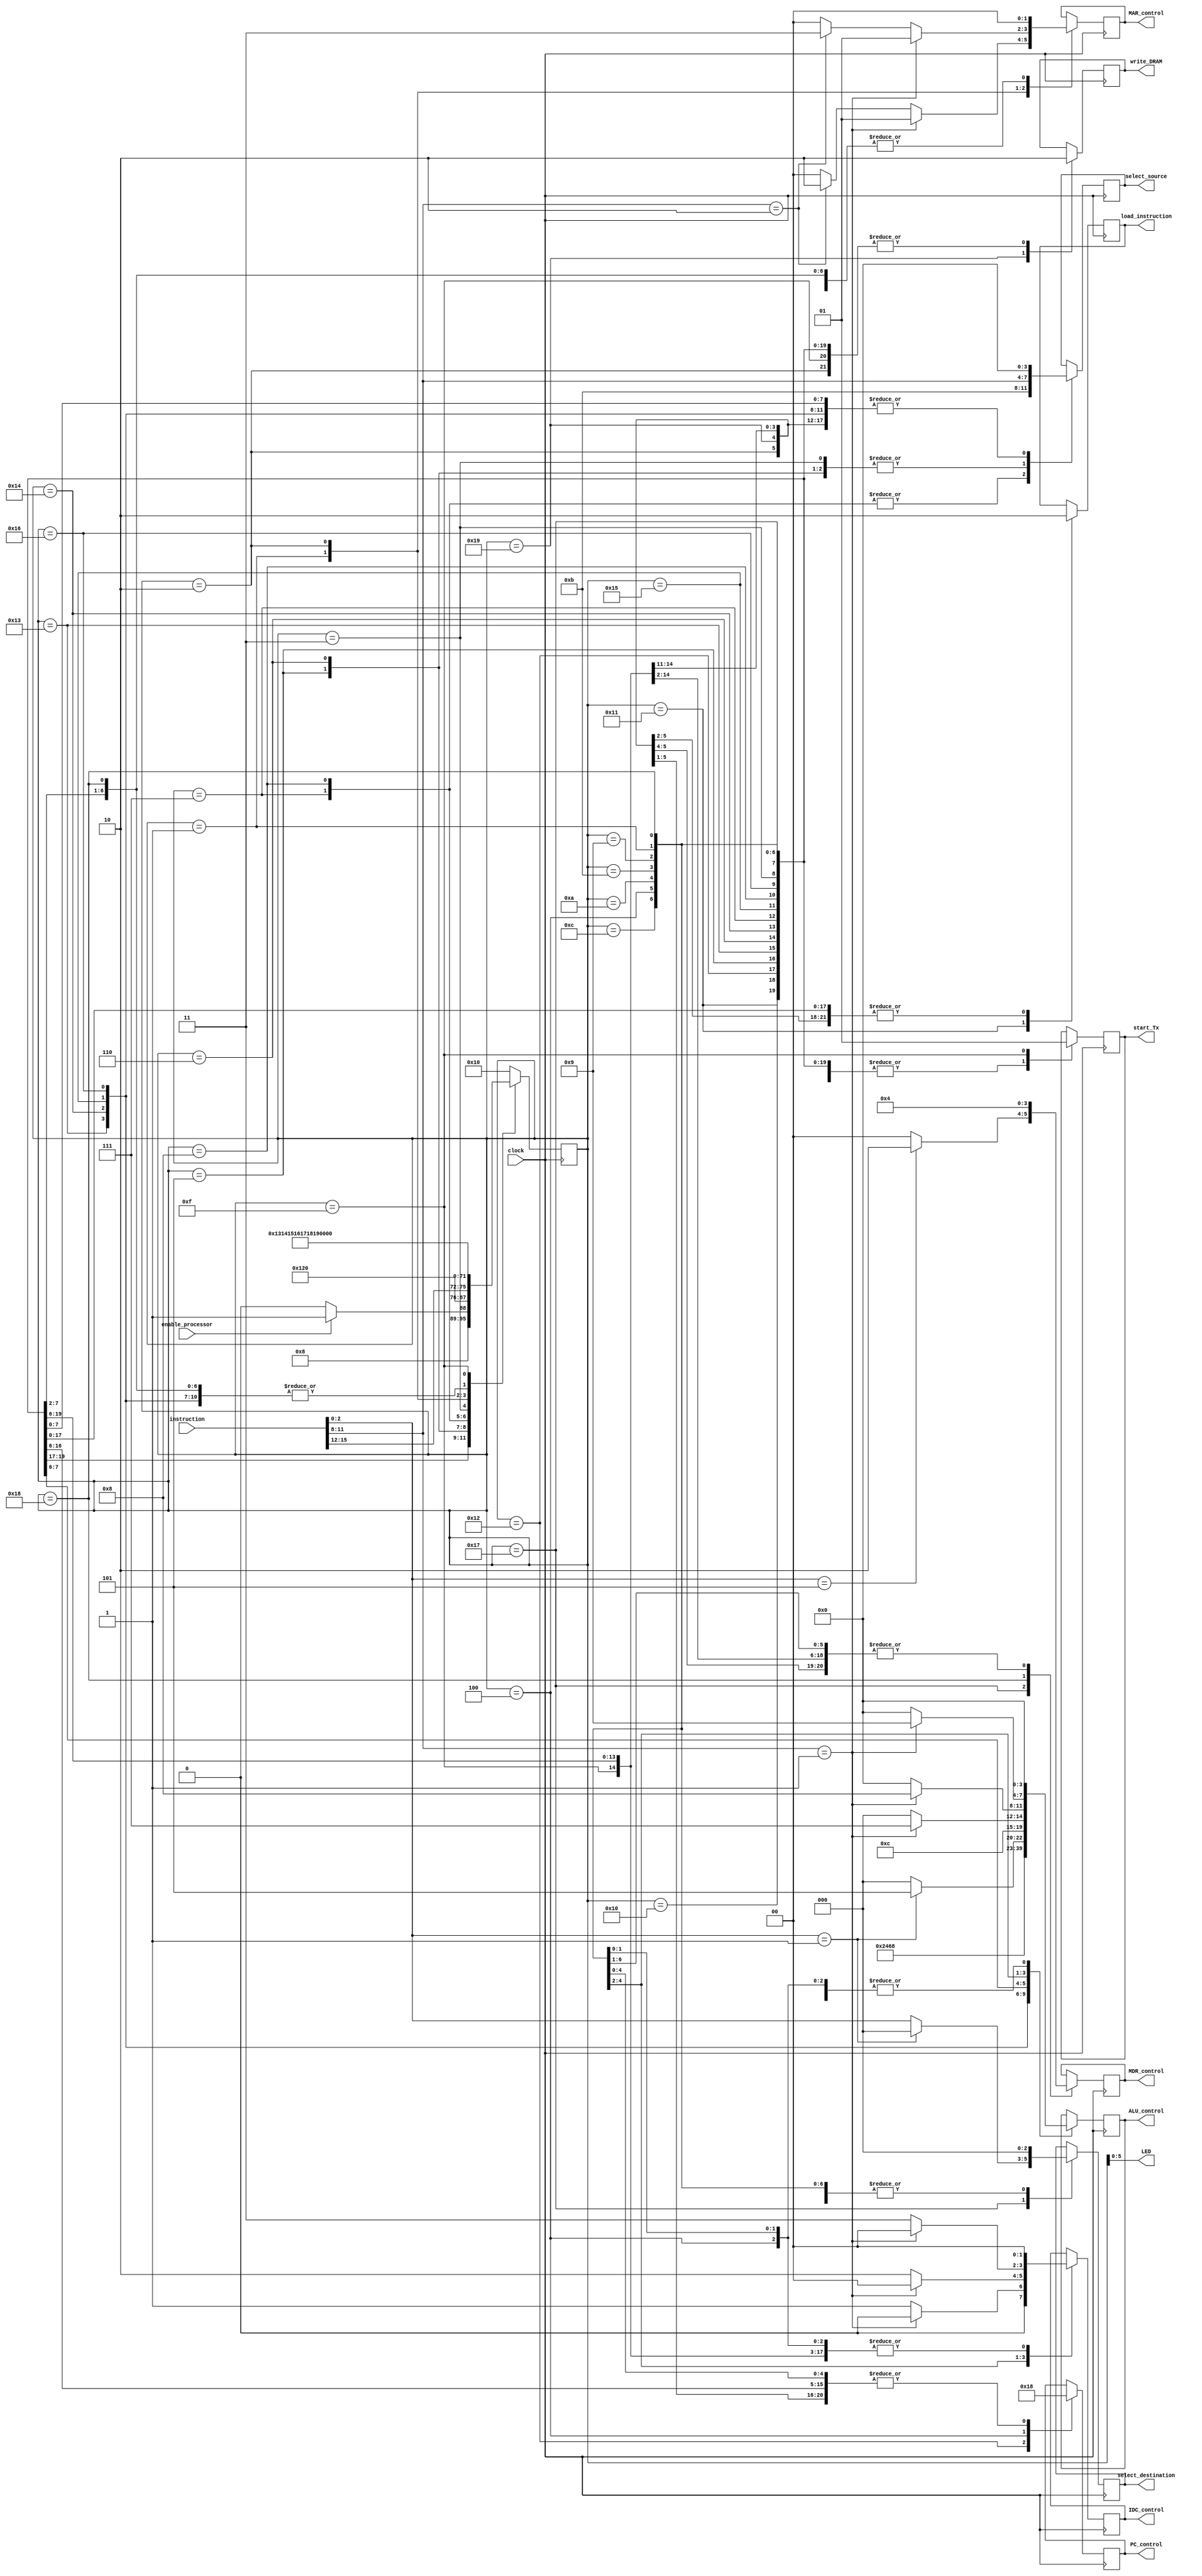
module statemachine(input [15:0] instruction,
							input clock,
							input enable_processor,
							//output reg inc_pc,
							output reg load_instruction,
							output reg [3:0] ALU_control,
							output reg [3:0] select_source,
							output reg [2:0] select_destination,
							//input [3:0] source_register,
							//input [2:0] destination_register,
							output reg [1:0] IDC_control,
							output reg [1:0] MDR_control,
							output reg [1:0] MAR_control,
							output reg [1:0] PC_control,
							//output reg jump_enable,
							output reg write_DRAM,
							output reg start_Tx,
							output wire [5:0] LED);
		
							
reg [7:0] state;
assign LED = state[5:0];
reg [3:0] source_register;
reg [2:0] destination_register;
reg [3:0] opcode;

initial
begin
	state = 8'b00010000; //start
end

always@(instruction)
begin
	opcode = instruction[15:12];
	source_register = instruction[11:8];
	destination_register = instruction[2:0];
end

always@(negedge clock)
begin
	case(state)
		8'b00010000: //start
			begin
				load_instruction <= 0;
				ALU_control <= 4'b0000;
				select_source <= 4'b0000;
				select_destination <= 3'b000;
				PC_control <= 2'b00;
				IDC_control <= 2'b00;
				MDR_control <= 2'b00;
				MAR_control <= 2'b00;
				write_DRAM <= 0;
				start_Tx <= 0;
				if (enable_processor)
				begin
					state <= 8'b00010001; //fetch1
				end
				else
				begin
					state <= 8'b00010000; //start
				end
			end
			
		8'b00010001: //fetch1
			begin
				load_instruction <= 1;
				ALU_control <= 4'b0000;
				select_source <= 4'b0000;
				select_destination <= 3'b000;
				PC_control <= 2'b00;
				IDC_control <= 2'b00;
				MDR_control <= 2'b00;
				MAR_control <= 2'b00;
				write_DRAM <= 0;
				start_Tx <= 0;
				state <= 8'b00010010; //fetch2
			end
			
		8'b00010010: //fetch2
			begin
				load_instruction <= 0;
				ALU_control <= 4'b0000;
				select_source <= 4'b0000;
				select_destination <= 3'b000;
				PC_control <= 2'b01;
				IDC_control <= 2'b00;
				MDR_control <= 2'b00;
				MAR_control <= 2'b00;
				write_DRAM <= 0;
				start_Tx <= 0;
				state <= {4'b0000, opcode}; //loaded instruction
			end
			
		8'b00000101: //add1
			begin
				load_instruction <= 0;
				ALU_control <= 4'b0000;
				select_source <= source_register;
				select_destination <= 3'b000;
				PC_control <= 2'b00;
				IDC_control <= 2'b00;
				MDR_control <= 2'b00;
				MAR_control <= 2'b00;
				write_DRAM <= 0;
				start_Tx <= 0;
				state <= 8'b00010011; //add2
			end
		
		8'b00010011: //add2
			begin
				load_instruction <= 0;
				ALU_control <= 4'b0001;
				select_source <= 4'b0000;
				select_destination <= 3'b000;
				PC_control <= 2'b00;
				IDC_control <= 2'b00;
				MDR_control <= 2'b00;
				MAR_control <= 2'b00;
				write_DRAM <= 0;
				start_Tx <= 0;
				state <= 8'b00010001; //fetch1
			end
			
		8'b00000110: //sub1
			begin
				load_instruction <= 0;
				ALU_control <= 4'b0000;
				select_source <= source_register;
				select_destination <= 3'b000;
				PC_control <= 2'b00;
				IDC_control <= 2'b00;
				MDR_control <= 2'b00;
				MAR_control <= 2'b00;
				write_DRAM <= 0;
				start_Tx <= 0;
				state <= 8'b00010100; //add2
			end
		
		8'b00010100: //sub2
			begin
				load_instruction <= 0;
				ALU_control <= 4'b0010;
				select_source <= 4'b0000;
				select_destination <= 3'b000;
				PC_control <= 2'b00;
				IDC_control <= 2'b00;
				MDR_control <= 2'b00;
				MAR_control <= 2'b00;
				write_DRAM <= 0;
				start_Tx <= 0;
				state <= 8'b00010001; //fetch1
			end
			
		8'b00000111: //mul1
			begin
				load_instruction <= 0;
				ALU_control <= 4'b0000;
				select_source <= 4'b1011;
				select_destination <= 3'b000;
				PC_control <= 2'b00;
				IDC_control <= 2'b00;
				MDR_control <= 2'b00;
				MAR_control <= 2'b00;
				write_DRAM <= 0;
				start_Tx <= 0;
				state <= 8'b00010101; //mul2
			end
			
		8'b00010101: //mul2
			begin
				load_instruction <= 0;
				ALU_control <= 4'b0011;
				select_source <= 4'b0000;
				select_destination <= 3'b000;
				PC_control <= 2'b00;
				IDC_control <= 2'b00;
				MDR_control <= 2'b00;
				MAR_control <= 2'b00;
				write_DRAM <= 0;
				start_Tx <= 0;
				state <= 8'b00010001; //fetch1
			end
			
		8'b00001000: //div1
			begin
				load_instruction <= 0;
				ALU_control <= 4'b0000;
				select_source <= 4'b1011;
				select_destination <= 3'b000;
				PC_control <= 2'b00;
				IDC_control <= 2'b00;
				MDR_control <= 2'b00;
				MAR_control <= 2'b00;
				write_DRAM <= 0;
				start_Tx <= 0;
				state <= 8'b00010110; //div2
			end
			
		8'b00010110: //div2
			begin
				load_instruction <= 0;
				ALU_control <= 4'b0100;
				select_source <= 4'b0000;
				select_destination <= 3'b000;
				PC_control <= 2'b00;
				IDC_control <= 2'b00;
				MDR_control <= 2'b00;
				MAR_control <= 2'b00;
				write_DRAM <= 0;
				start_Tx <= 0;
				state <= 8'b00010001; //fetch1
			end
			
		8'b00000011: //copy
			begin
				load_instruction <= 0;
				ALU_control <= 4'b0000;
				select_source <= source_register;
				select_destination <= 3'b000;
				PC_control <= 2'b00;
				IDC_control <= 2'b00;
				MDR_control <= 2'b00;
				MAR_control <= 2'b00;
				write_DRAM <= 0;
				start_Tx <= 0;
				state <= 8'b00010111; //copy2
			end
			
		8'b00010111: //copy2
			begin
				load_instruction <= 0;
				if (destination_register == 3'b001)
					ALU_control <= 4'b0101;
				else
					ALU_control <= 4'b0000;
				select_source <= 4'b0000;
				if (destination_register == 3'b001)
					select_destination <= 3'b000;
				else
					select_destination <= destination_register;
				if (destination_register == 3'b101)
					MDR_control <= 2'b10;
				else
					MDR_control <= 2'b00;
				PC_control <= 2'b00;
				IDC_control <= 2'b00;
				MAR_control <= 2'b00;
				write_DRAM <= 0;
				start_Tx <= 0;
				state <= 8'b00010001; //fetch1
			end
			
		8'b00001100: //loadk
			begin
				load_instruction <= 0;
				ALU_control <= 4'b0110;
				select_source <= 4'b0000;
				select_destination <= 3'b000;
				PC_control <= 2'b00;
				IDC_control <= 2'b00;
				MDR_control <= 2'b00;
				MAR_control <= 2'b00;
				write_DRAM <= 0;
				start_Tx <= 0;
				state <= 8'b00010001; //fetch1
			end
			
		8'b00000100: //jump
			begin
				load_instruction <= 0;
				ALU_control <= 4'b0000;
				select_source <= 4'b0000;
				select_destination <= 3'b000;
				PC_control <= 2'b10;
				IDC_control <= 2'b00;
				MDR_control <= 2'b00;
				MAR_control <= 2'b00;
				write_DRAM <= 0;
				start_Tx <= 0;
				state <= 8'b00010001; //fetch1
			end
			
		8'b00001010: //inc
			begin
				load_instruction <= 0;
				if (source_register == 4'b0001)
					ALU_control <= 4'b0111;
				else
					ALU_control <= 4'b0000;
				if (source_register == 4'b0001)
					IDC_control <= 2'b00;
				else	
					IDC_control <= 2'b01;
				select_source <= 4'b0000;
				select_destination <= 3'b000;
				PC_control <= 2'b00;
				MDR_control <= 2'b00;
				MAR_control <= 2'b00;
				write_DRAM <= 0;
				start_Tx <= 0;
				state <= 8'b00010001; //fetch1
			end
			
		8'b00001011: //dec
			begin
				load_instruction <= 0;
				if (source_register == 4'b0001)
					ALU_control <= 4'b1000;
				else
					ALU_control <= 4'b0000;
				if (source_register == 4'b0001)
					IDC_control <= 2'b00;
				else	
					IDC_control <= 2'b10;
				select_source <= 4'b0000;
				select_destination <= 3'b000;
				PC_control <= 2'b00;
				MDR_control <= 2'b00;
				MAR_control <= 2'b00;
				write_DRAM <= 0;
				start_Tx <= 0;
				state <= 8'b00010001; //fetch1
			end
			
		8'b00001001: //clr
			begin
				load_instruction <= 0;
				if (source_register == 4'b0001)
					ALU_control <= 4'b1001;
				else
					ALU_control <= 4'b0000;
				if (source_register == 4'b0001)
					IDC_control <= 2'b00;
				else	
					IDC_control <= 2'b11;
				select_source <= 4'b0000;
				select_destination <= 3'b000;
				PC_control <= 2'b00;
				MDR_control <= 2'b00;
				MAR_control <= 2'b00;
				write_DRAM <= 0;
				start_Tx <= 0;
				state <= 8'b00010001; //fetch1
			end
			
		8'b00000001: //load1
			begin
				load_instruction <= 0;
				ALU_control <= 4'b0000;
				select_source <= 4'b0000;
				select_destination <= 3'b000;
				PC_control <= 2'b00;
				IDC_control <= 2'b00;
				MDR_control <= 2'b00;
				if (source_register == 4'b0001)
					MAR_control <= 2'b01;
				else if (source_register == 4'b0010)	
					MAR_control <= 2'b10;
				else
					MAR_control <= 2'b00;
				write_DRAM <= 0;
				start_Tx <= 0;
				state <= 8'b00011000; //load2
			end
			
		8'b00011000: //load2
			begin
				load_instruction <= 0;
				ALU_control <= 4'b0000;
				select_source <= 4'b0000;
				select_destination <= 3'b000;
				PC_control <= 2'b00;
				IDC_control <= 2'b00;
				MDR_control <= 2'b01;
				MAR_control <= 2'b00;
				write_DRAM <= 0;
				start_Tx <= 0;
				state <= 8'b00010001; //fetch1
			end
			
		8'b00000010: //store1
			begin
				load_instruction <= 0;
				ALU_control <= 4'b0000;
				select_source <= 4'b0000;
				select_destination <= 3'b000;
				PC_control <= 2'b00;
				IDC_control <= 2'b00;
				MDR_control <= 2'b00;
				if (source_register == 4'b0001)
					MAR_control <= 2'b01;
				else if (source_register == 4'b0010)	
					MAR_control <= 2'b11;
				else
					MAR_control <= 2'b00;
				write_DRAM <= 0;
				start_Tx <= 0;
				state <= 8'b00011001; //store2
			end
			
		8'b00011001: //store2
			begin
				load_instruction <= 0;
				ALU_control <= 4'b0000;
				select_source <= 4'b0000;
				select_destination <= 3'b000;
				PC_control <= 2'b00;
				IDC_control <= 2'b00;
				MDR_control <= 2'b00;
				MAR_control <= 2'b00;
				write_DRAM <= 1;
				start_Tx <= 0;
				state <= 8'b00010001; //fetch1
			end
			
		8'b00001111: //end
			begin
				load_instruction <= 0;
				ALU_control <= 4'b0000;
				select_source <= 4'b0000;
				select_destination <= 3'b000;
				PC_control <= 2'b00;
				IDC_control <= 2'b00;
				MDR_control <= 2'b00;
				MAR_control <= 2'b00;
				write_DRAM <= 0;
				start_Tx <= 1;
				state <= 8'b00001111; //noop
			end
			
		default: state <= 8'b00010000;
      endcase
	end
endmodule